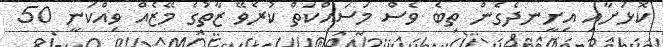
ކޮޅަށާއި އިށީނދެގެން ތިބެ ވެސް މަސައްކަތް ކުރެވޭ ޒާތުގެ މޭޒެއް ވިއްކަނީ 50